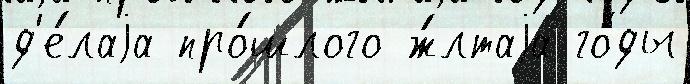
д'е́лаjа про́шлого ж́лтаjа го́ды